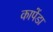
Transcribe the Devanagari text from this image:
कापेंडा